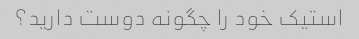
استیک خود را چگونه دوست دارید؟